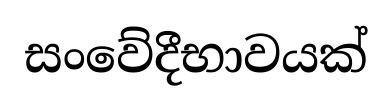
සංවේදීභාවයක්